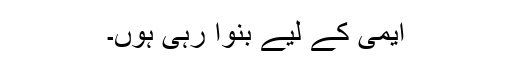
ایمی کے لیے بنوا رہی ہوں۔